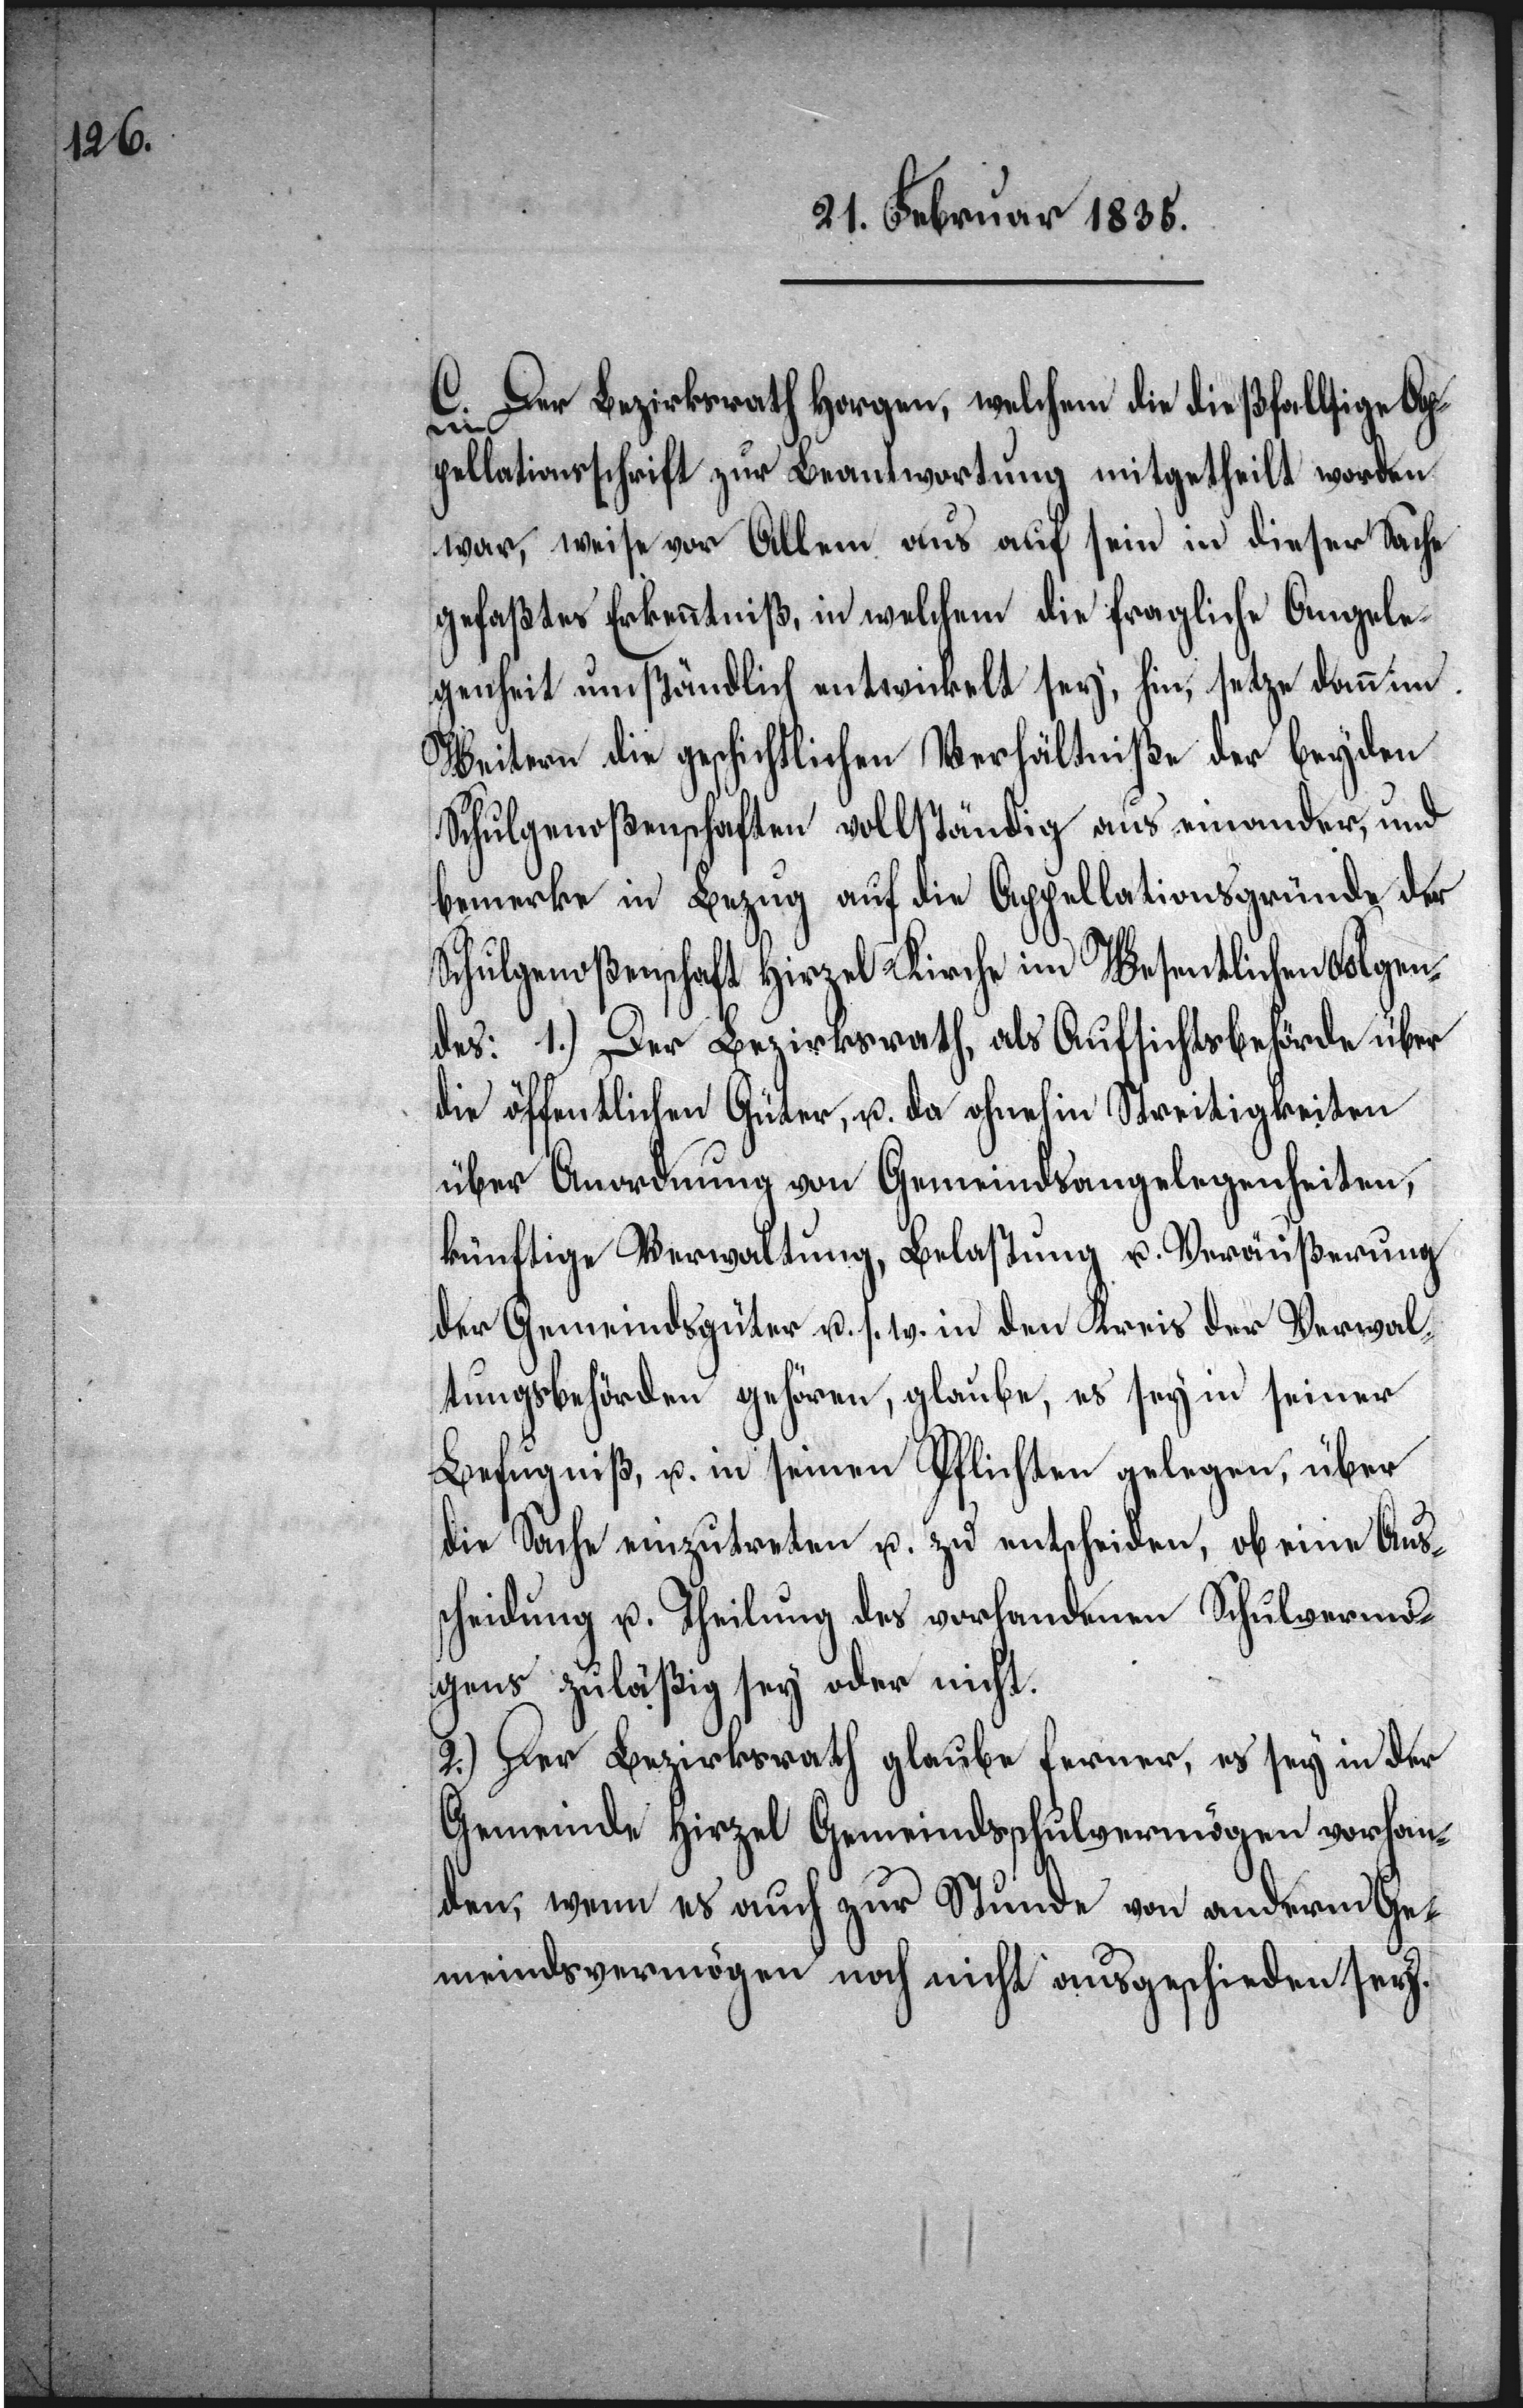
C. Der Bezirksrath Horgen, welchem die dießfallsige Ap¬
pellationsschrift zur Beantwortung mitgetheilt worden
war, weise vor Allem aus auf sein in dieser Sache
gefaßtes Erkenntniß, in welchem die fragliche Angele¬
genheit umständlich entwickelt sey, hin, setze dann im
Weitern die geschichtlichen Verhältniße der beyden
Schulgenoßenschaften vollständig aus einander, und
bemerke in Bezug auf die Appellationsgründe der
Schulgenoßenschaft Hirzel-Kirche im Wesentlichen Folgen¬
des: 1.) Der Bezirksrath, als Aufsichtsbehörde über
die öffentlichen Güter, u. da ohnehin Streitigkeiten
über Anordnung von Gemeindsangelegenheiten,
künftige Verwaltung, Belastung u. Veräußerung
der Gemeindsgüter u. s. w. in den Kreis der Verwal¬
tungsbehörden gehören, glaube, es sey in seiner
Befugniß, u. in seinen Pflichten gelegen, über
die Sache einzutreten u. zu entscheiden, ob eine Aus¬
scheidung u. Theilung des vorhandenen Schulvermö¬
gens zuläßig sey oder nicht.
2.) Der Bezirksrath glaube ferner, es sey in der
Gemeinde Hirzel Gemeindsschulvermögen vorhan¬
den, wenn es auch zur Stunde von andern Ge¬
meindsvermögen noch nicht ausgeschieden sey.